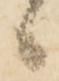
候